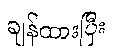
ချန်ထားပြီး